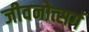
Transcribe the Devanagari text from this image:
जीवनोत्सर्ग